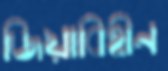
জিয়াবিহীন